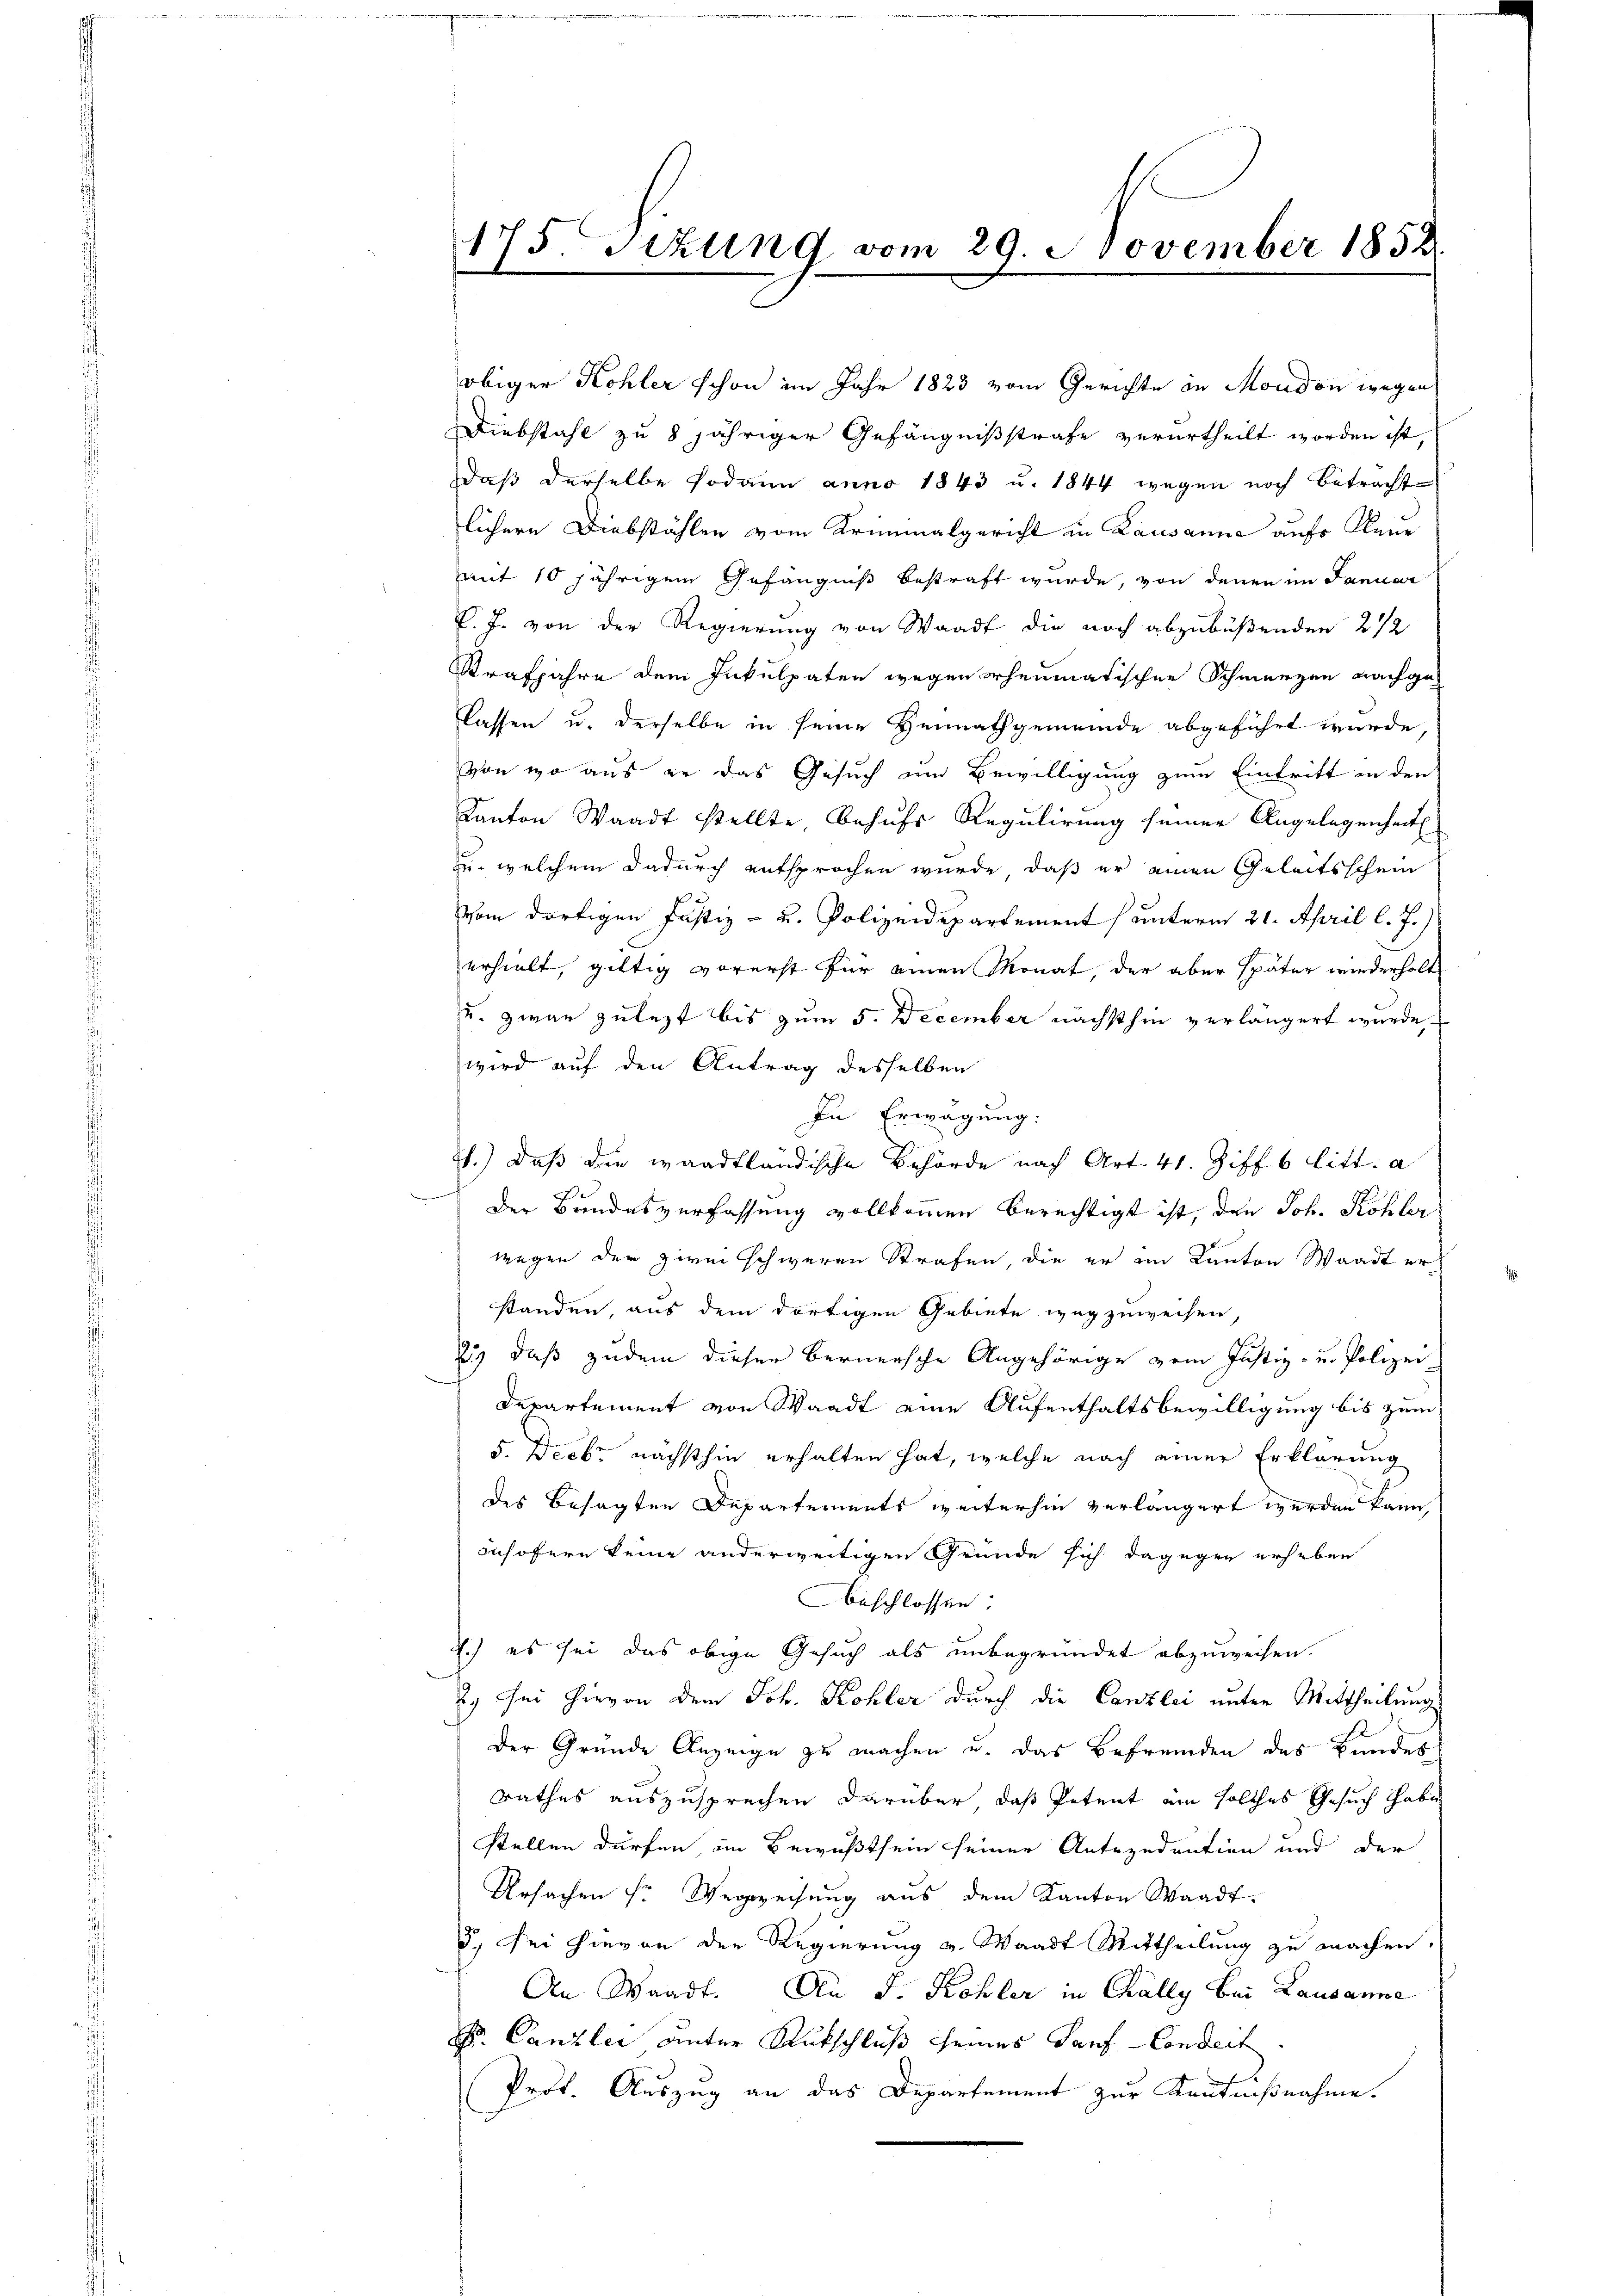
obiger Kohler schon im Jahr 1823 vom Gerichte in Moudon wegen
Diebstahl zu 8 jähriger Gefängnißstrafe verurtheilt worden ist,
daß derselbe sodann anno 1843 u. 1844 wegen noch Betracht
lichere Diebstählen vom Kriminalgericht in Lausanna auf Klene
mit 10 jährigem Gefängniß bestraft wurde, von denen im Januar
C. J. von der Regierung von Waadt die noch abzubüßenden 2 1/2
Strafjahre dem Inkulpaten wegen erheumatischen Schmerzen nachgelassen u. derselbe in seine Heimathgemeinde abgeführt wurde
von wo aus er das Gesuch um Bewilligung zum Eintritt in den
Kanton Waadt stellte Behufs Regulirung seiner Angelegenheit
zu welchem dadurch entsprochen wurde, daß er einen Geleitsschein
Vom dortigen Justiz- u. Polizeidepartements unterm 21. April l. J.)
erhielt, giltig vorerst für einen Monat, der aber später wiederholt
u. zwar zulezt bis zum 5. December nächsthin verlängert wurde,
wird auf den Antrag desselben
In Erwägung:
1.) Daß die waadtländische Behörde nach Art. 41. Ziff 6 litt. a
Der Bundesverfassung vollkommen berechtigt ist, den Joh. Köhler
wegen der zwei schweren Strafen, die er im Kanton Waadt erstanden, aus dem dortigen Gebiete wegzuweisen
23) daß zudem dieser Bernersche Angehörige vom Justiz- u. Polizei
Departement von Waadt eine Aufenthaltsbewilligung bis zum
5. Decbr nächsthin erhalten hat, welche nach einer Erklärung
des besagten Departements weiterhin verlängert werden kann,
Insofern keine anderweitigen Gründe sich dagegen erheben
beschlossen:
4.) es sei das obige Gesuch als unbegründet abzuweisen.
2. Sei hievon dem Joh. Kohler durch die Canzlei unter Mittheilung
der Grunde Anzeige zu machen u. das Befremden des Bundes
rathes auszusprechen darüber, daß Petent ein solches Gesuch habe
stellen dürfen, im Bewußtsein seiner Antecedention und der
Ursachen sr Wegweisung aus dem Kanton Waadt.
5.) Sei hievon der Regierung v. Waadt Mittheilung zu machen.
An Waadt. An J. Kohler in Chally bei Lausanne
Dr. Canzler unter Rutschluß seines Tauf-Conseit
Prot. Auszug an das Departement zur Kenntnißnahme.

175. Sitzung vom 29. November 1858.